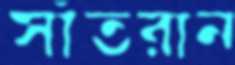
সাঁতরান